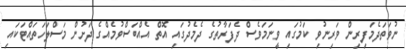
ނުވަތަދެމަފިރިން ވަރިނުވި ކަމުގައި ވީނަމަވެސް ދެފަރާތުގެ ދެމެދުގައި އޮތް އެއްބަސްވުމެއްގެ ދަށުން މަސްލަހަތައްޓަކައި